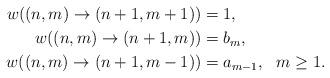
LaTeX: \begin{align*}w((n,m)\rightarrow (n+1,m+1)) & =1,\\w((n,m)\rightarrow (n+1,m)) & = b_{m},\\w((n,m)\rightarrow (n+1,m-1)) & =a_{m-1},\,\,\,\,m\geq 1.\end{align*}